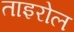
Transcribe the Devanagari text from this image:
ताइरोल